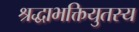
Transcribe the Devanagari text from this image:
श्रद्धाभक्तियुतस्य